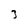
Character: 3